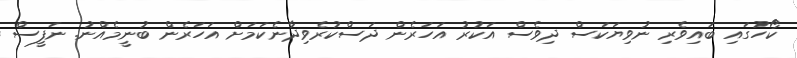
ކޯހުގައި ބައިވެރި ނުވިޔަކަސް ދިވެސް އަކުރު އަހަރެން ދަސްކުރެވިދާނެކަމަށް އަހަރެން ބުނީމެއްނު. ނަފީސް